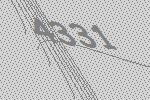
4331